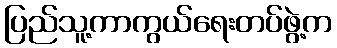
ပြည်သူ့ကာကွယ်ရေးတပ်ဖွဲ့က